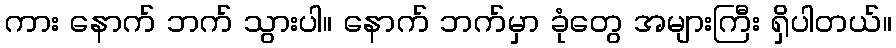
ကား နောက် ဘက် သွားပါ။ နောက် ဘက်မှာ ခုံတွေ အများကြီး ရှိပါတယ်။